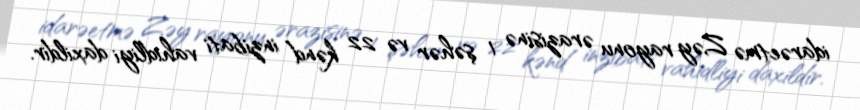
idarəetmə Zəy rayonu ərazisinə 1 şəhər və 22 kənd inzibati vahidliyi daxildir.